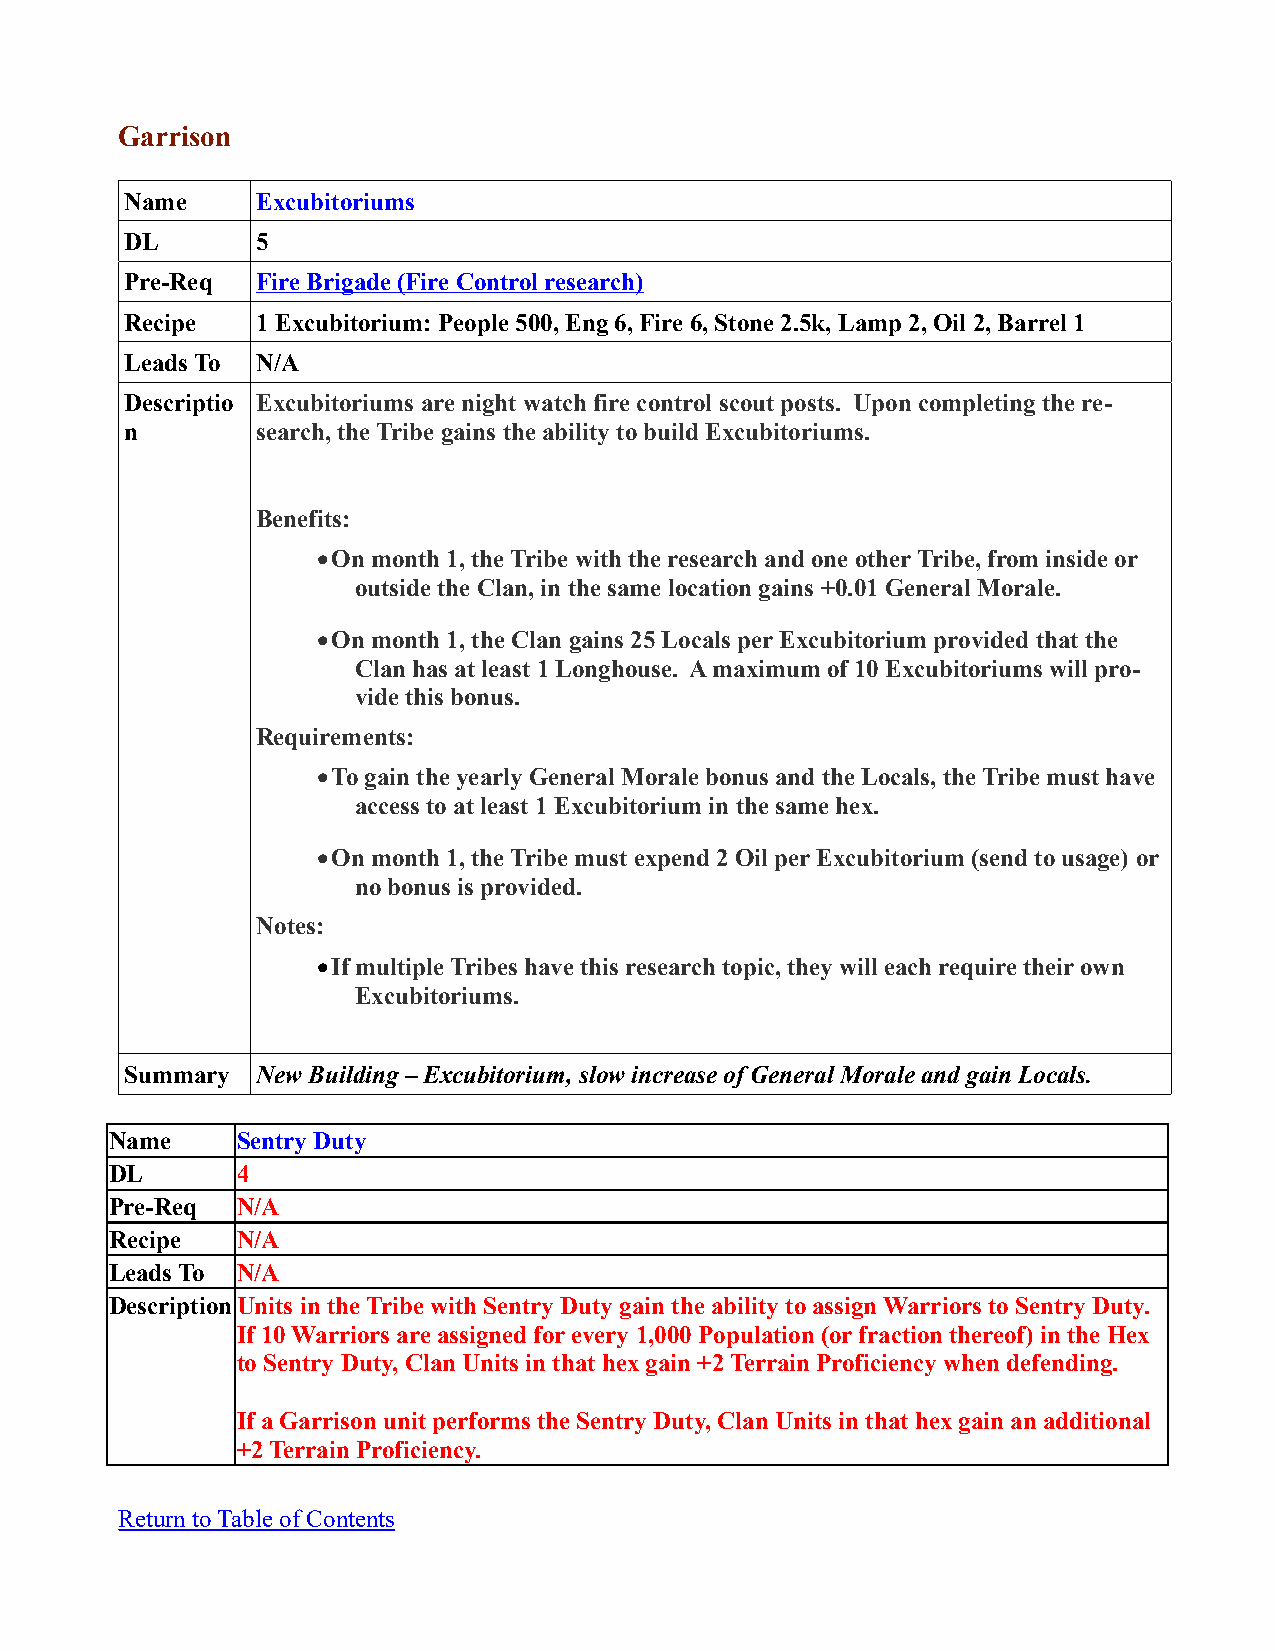
Garrison
 Name     Excubitoriums
 DL       5
 Pre-Req  Fire Brigade (Fire Control research)
 Recipe   1 Excubitorium: People 500, Eng 6, Fire 6, Stone 2.5k, Lamp 2, Oil 2, Barrel 1
 Leads To N/A
 Descriptio Excubitoriums are night watch fire control scout posts. Upon completing the re-
 n        search, the Tribe gains the ability to build Excubitoriums.
 Benefits:
 On month 1, the Tribe with the research and one other Tribe, from inside or
 outside the Clan, in the same location gains +0.01 General Morale.
 On month 1, the Clan gains 25 Locals per Excubitorium provided that the
 Clan has at least 1 Longhouse. A maximum of 10 Excubitoriums will pro-
 vide this bonus.
 Requirements:
 To gain the yearly General Morale bonus and the Locals, the Tribe must have
 access to at least 1 Excubitorium in the same hex.
 On month 1, the Tribe must expend 2 Oil per Excubitorium (send to usage) or
 no bonus is provided.
 Notes:
 If multiple Tribes have this research topic, they will each require their own
 Excubitoriums.
 Summary  New Building – Excubitorium, slow increase of General Morale and gain Locals.
 Name     Sentry Duty
 DL       4
 Pre-Req  N/A
 Recipe   N/A
 Leads To N/A
 DescriptionUnits in the Tribe with Sentry Duty gain the ability to assign Warriors to Sentry Duty.
 If 10 Warriors are assigned for every 1,000 Population (or fraction thereof) in the Hex
 to Sentry Duty, Clan Units in that hex gain +2 Terrain Proficiency when defending.
 If a Garrison unit performs the Sentry Duty, Clan Units in that hex gain an additional
 +2 Terrain Proficiency.
 Return to Table of Contents